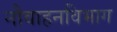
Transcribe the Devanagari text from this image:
नौवाहनविभाग